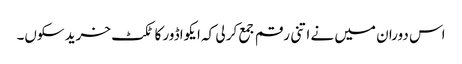
اس دوران میں نے اتنی رقم جمع کر لی کہ ایکواڈور کا ٹکٹ خرید سکوں۔